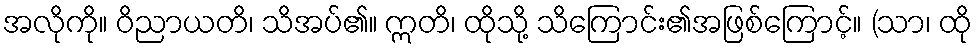
အလိုကို။ ဝိညာယတိ၊ သိအပ်၏။ ဣတိ၊ ထိုသို့ သိကြောင်း၏အဖြစ်ကြောင့်။ (သာ၊ ထို